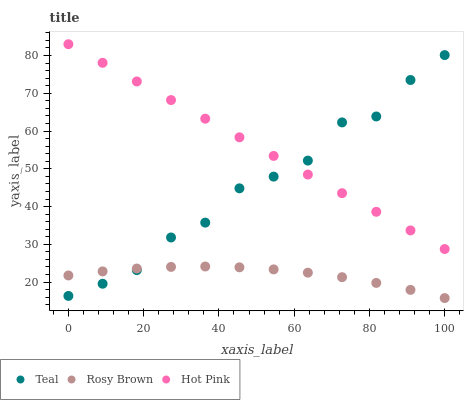
| xaxis_label | Teal | Rosy Brown | Hot Pink |
 | --- | --- | --- | --- |
 | 0 | 16.3 | 21.8 | 83 |
 | 9.09 | 19.6 | 22.8 | 78.1 |
 | 18.2 | 23.2 | 23.6 | 73.1 |
 | 27.3 | 31.8 | 24 | 68.2 |
 | 36.4 | 35.8 | 24.1 | 63.3 |
 | 45.5 | 44.8 | 23.9 | 58.3 |
 | 54.5 | 47.9 | 23.4 | 53.4 |
 | 63.6 | 52.2 | 22.5 | 48.5 |
 | 72.7 | 62.3 | 21.3 | 43.5 |
 | 81.8 | 63.9 | 19.8 | 38.6 |
 | 90.9 | 73.5 | 17.9 | 33.7 |
 | 100 | 80.1 | 15.8 | 28.8 |